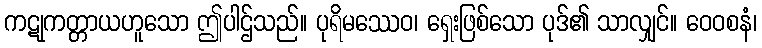
ကဋုကတ္တာယဟူသော ဤပါဌ်သည်။ ပုရိမဿေဝ၊ ရှေးဖြစ်သော ပုဒ်၏ သာလျှင်။ ဝေဝစနံ၊